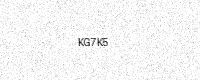
Text: KG7K5